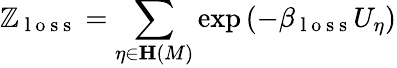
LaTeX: \mathbb{Z}_{\mathrm{{~l~o~s~s~}}}=\sum_{\eta\in\mathbf{{H}}\left(M\right)}\exp\left(-\beta_{\mathrm{{~l~o~s~s~}}}U_{\eta}\right)